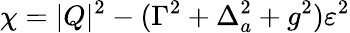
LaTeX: \chi=|Q|^{2}-(\Gamma^{2}+\Delta_{a}^{2}+g^{2})\varepsilon^{2}